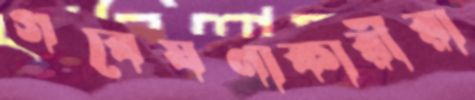
গবেষণাকারীরা